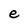
Character: e